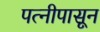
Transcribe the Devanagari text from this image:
पत्‍नीपासून